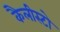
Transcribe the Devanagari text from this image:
कैलीस्टो